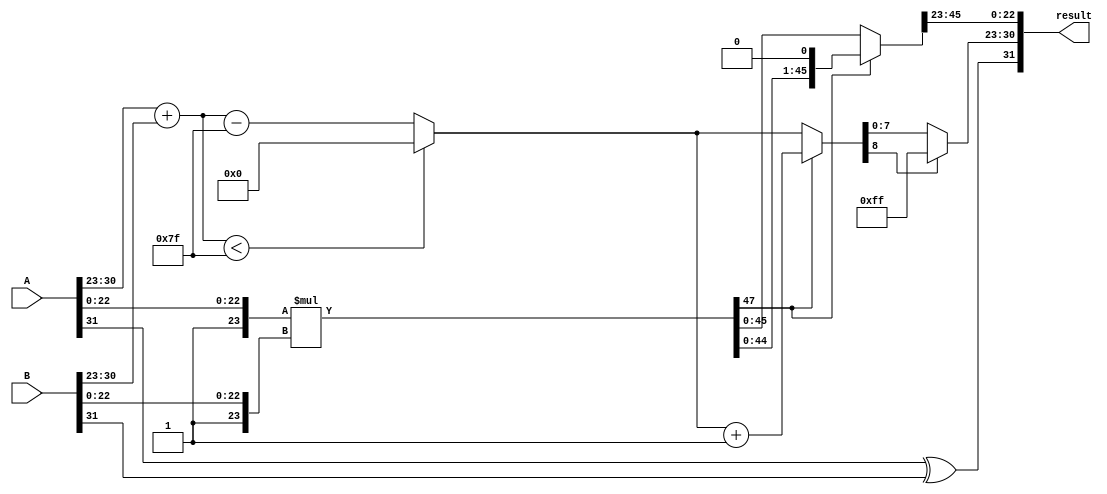
// https://github.com/akilm/FPU-IEEE-754

`timescale 1ns / 1ps

`ifndef _floating_multiplication
`define _floating_multiplication

module FloatingMultiplication   (input  [31:0] A,
                                 input  [31:0] B,
                                 output [31:0] result);

    wire [23:0] A_Mantissa = {1'b1, A[22:0]}, B_Mantissa = {1'b1, B[22:0]};
    wire [7:0] A_Exponent = A[30:23], B_Exponent = B[30:23];
    wire A_sign = A[31], B_sign = B[31];

    reg [47:0] Temp_Mantissa;  // raw result of the mantissa multiplication
    wire [22:0] Mantissa = Temp_Mantissa[45:23];  // highest bits of Temp_Mantissa, except for 1 carry bit (which causes bitshift)
    reg [8:0] Exponent;  // one bit bigger because of potential overflow
    reg Sign;

    assign result = {Sign, Exponent[7:0], Mantissa};

    always@(*) begin
        Sign = A_sign ^ B_sign;

        Exponent = (A_Exponent + B_Exponent < 'd127) ? 8'd0 : A_Exponent + B_Exponent - 'd127;  // prevent exponent underflow
        Temp_Mantissa = A_Mantissa * B_Mantissa;  // multiply mantissas

        // "carry"... increase exponent, shift
        if (Temp_Mantissa[47]) begin
            Temp_Mantissa = Temp_Mantissa << 1;  // Mantissa = Temp_Mantissa[46:24]
            Exponent = Exponent + 1;
        end

        // prevent exponent overflow
        if (Exponent[8])
            Exponent[7:0] = 8'hff;
    end
endmodule
`endif // _floating_multiplication